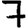
Digit: 7